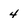
Character: 4